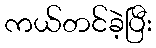
ကယ်တင်ခဲ့ပြီး